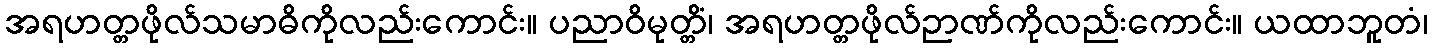
အရဟတ္တဖိုလ်သမာဓိကိုလည်းကောင်း။ ပညာဝိမုတ္တိံ၊ အရဟတ္တဖိုလ်ဉာဏ်ကိုလည်းကောင်း။ ယထာဘူတံ၊